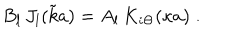
LaTeX: B _ { l } \, J _ { l } ( { \tilde { k } } a ) = A _ { l } \, K _ { i \Theta } ( \kappa a ) \; .